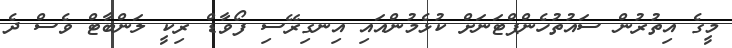
މީގެ އިތުރުން ސައުތުހެންޕްޓަނަށް ކުޅެމުންއައި އިނގިރޭސި ފޯވާޑް ރިކީ ލަންބާޓް ވެސް ދެ